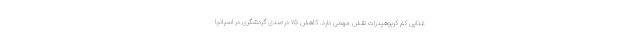
غذایی کم کربوهیدرات نقش مهمی دارد. کاهش ۷۵ درصدی گردشگری در اسپانیا